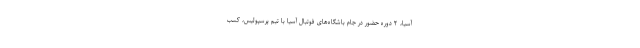
آسیا، ۲ دوره حضور در جام باشگاه‌های فوتبال آسیا با تیم پرسپولیس، کسب